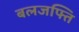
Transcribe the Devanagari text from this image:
बलजफ्ति